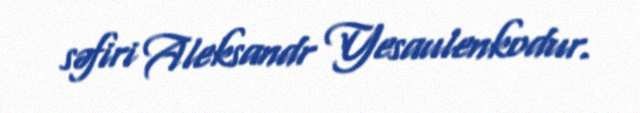
səfiri Aleksandr Yesaulenkodur.